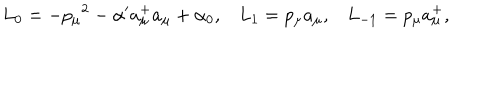
LaTeX: L _ { 0 } = - { p _ { \mu } } ^ { 2 } - \alpha ^ { \prime } a _ { \mu } ^ { + } a _ { \mu } + \alpha _ { 0 } , L _ { 1 } = p _ { \mu } a _ { \mu } , L _ { - 1 } = p _ { \mu } a _ { \mu } ^ { + } ,